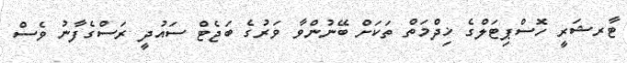
ޓާރޝަރީ ހޮސްޕިޓަލްގެ ޚިދްމަތް ތަކަށް ބޭނުންވާ ވަރުގެ ބަޖެޓް ސައުދީ ރަސްގެފާނު ވެސް